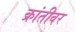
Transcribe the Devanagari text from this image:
क्रांतीवर